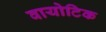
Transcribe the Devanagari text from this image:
वायोटिक